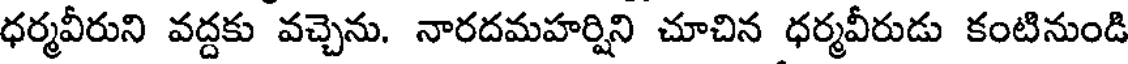
ధర్మవీరుని వద్దకు వచ్చెను. నారదమహర్షిని చూచిన ధర్మవీరుడు కంటినుండి